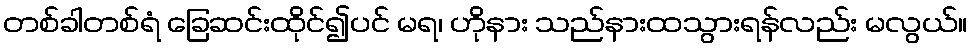
တစ်ခါတစ်ရံ ခြေဆင်းထိုင်၍ပင် မရ၊ ဟိုနား သည်နားထသွားရန်လည်း မလွယ်။